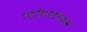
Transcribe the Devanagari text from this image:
एव्हिऑनिक्स